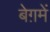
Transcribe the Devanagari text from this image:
बेग़में